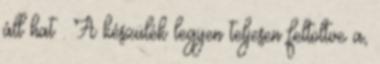
áll hat . A készülék legyen teljesen feltöltve a,